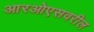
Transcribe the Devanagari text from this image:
आरओएसवरील